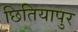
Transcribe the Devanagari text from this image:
छितियापुर